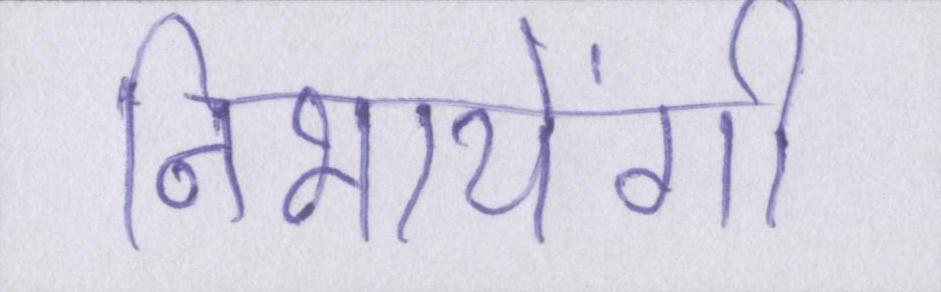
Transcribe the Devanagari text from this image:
निभायेंगी